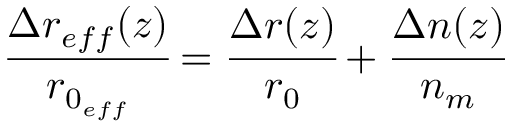
\cfrac { \Delta r _ { e f f } ( z ) } { r _ { 0 _ { e f f } } } = \cfrac { \Delta r ( z ) } { r _ { 0 } } + \cfrac { \Delta n ( z ) } { n _ { m } }